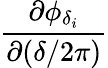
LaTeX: \frac{\partial\phi_{\delta_{i}}}{\partial(\delta/2\pi)}